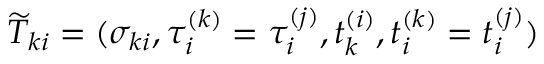
\widetilde { T } _ { k i } = ( \sigma _ { k i } , \tau _ { i } ^ { ( k ) } = \tau _ { i } ^ { ( j ) } , t _ { k } ^ { ( i ) } , t _ { i } ^ { ( k ) } = t _ { i } ^ { ( j ) } )